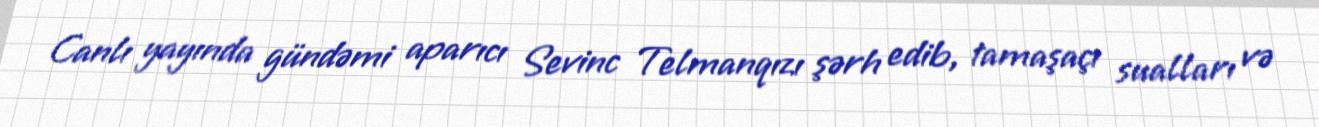
Canlı yayında gündəmi aparıcı Sevinc Telmanqızı şərh edib, tamaşaçı sualları və